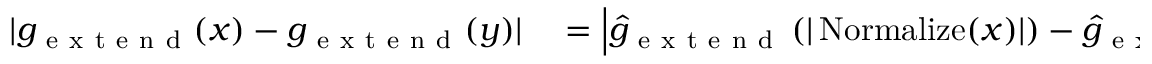
\begin{array} { r l } { | g _ { \mathrm { ~ e ~ x ~ t ~ e ~ n ~ d ~ } } ( x ) - g _ { \mathrm { ~ e ~ x ~ t ~ e ~ n ~ d ~ } } ( y ) | } & { { } = \Big | \widehat { g } _ { \mathrm { ~ e ~ x ~ t ~ e ~ n ~ d ~ } } \left( | \operatorname { N o r m a l i z e } ( x ) | \right) - \widehat { g } _ { \mathrm { ~ e ~ x ~ t ~ e ~ n ~ d ~ } } \left( | \operatorname { N o r m a l i z e } ( y ) | \right) \Big | } \end{array}